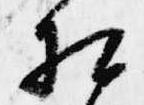
相